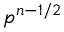
p ^ { n - 1 / 2 }